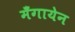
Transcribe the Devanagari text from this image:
मँगायेन